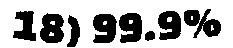
18) 99.9%